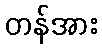
တန်အား